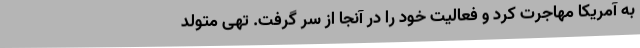
به آمریکا مهاجرت کرد و فعالیت خود را در آنجا از سر گرفت. تهی متولد